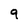
Character: 9